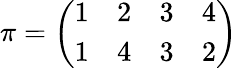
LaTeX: \pi={\left(\begin{array}{llll}{1}&{2}&{3}&{4}\\ {1}&{4}&{3}&{2}\end{array}\right)}